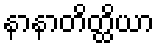
နာနာတိတ္ထိယာ